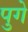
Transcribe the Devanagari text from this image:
पुगे